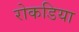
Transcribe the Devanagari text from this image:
रोकडिया